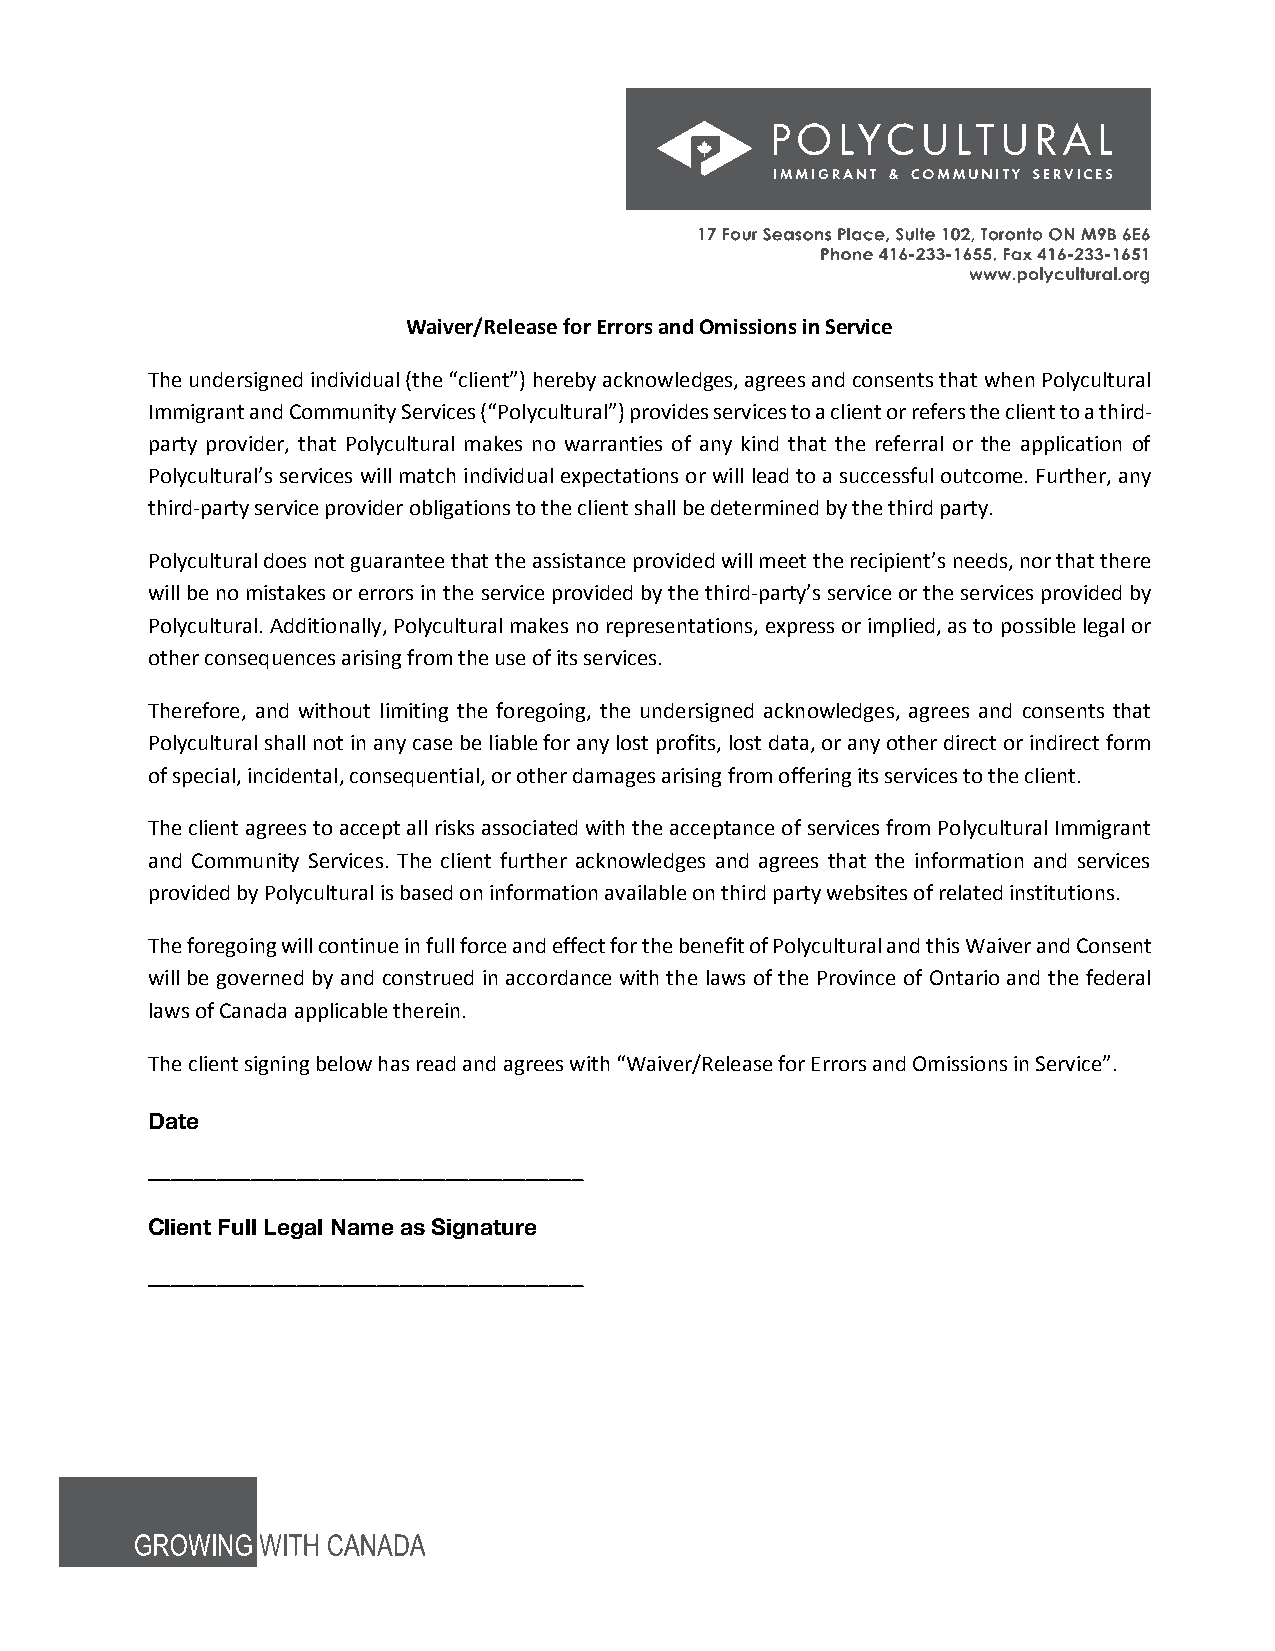
Waiver/Release for Errors and Omissions in Service
 The undersigned individual (the “client”) hereby acknowledges, agrees and consents that when Polycultural
 Immigrant and Community Services (“Polycultural”) provides services to a client or refers the client to a third-
 party provider, that Polycultural makes no warranties of any kind that the referral or the application of
 Polycultural’s services will match individual expectations or will lead to a successful outcome. Further, any
 third-party service provider obligations to the client shall be determined by the third party.
 Polycultural does not guarantee that the assistance provided will meet the recipient’s needs, nor that there
 will be no mistakes or errors in the service provided by the third-party’s service or the services provided by
 Polycultural. Additionally, Polycultural makes no representations, express or implied, as to possible legal or
 other consequences arising from the use of its services.
 Therefore, and without limiting the foregoing, the undersigned acknowledges, agrees and consents that
 Polycultural shall not in any case be liable for any lost profits, lost data, or any other direct or indirect form
 of special, incidental, consequential, or other damages arising from offering its services to the client.
 The client agrees to accept all risks associated with the acceptance of services from Polycultural Immigrant
 and Community Services. The client further acknowledges and agrees that the information and services
 provided by Polycultural is based on information available on third party websites of related institutions.
 The foregoing will continue in full force and effect for the benefit of Polycultural and this Waiver and Consent
 will be governed by and construed in accordance with the laws of the Province of Ontario and the federal
 laws of Canada applicable therein.
 The client signing below has read and agrees with “Waiver/Release for Errors and Omissions in Service”.
 Date
 ______________________________________
 Client Full Legal Name as Signature
 ______________________________________